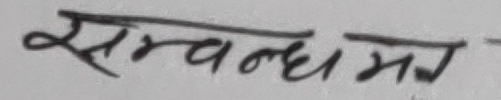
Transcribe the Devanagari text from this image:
सम्बन्धमा